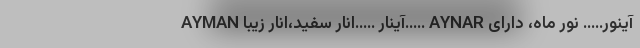
AYMAN آینار …..انار سفید،انار زیبا….. AYNAR آینور….. نور ماه، دارای